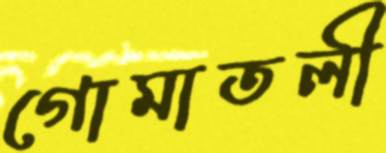
গোমাতলী